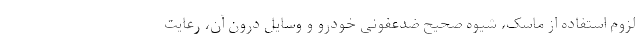
لزوم استفاده از ماسک، شیوه صحیح ضدعفونی خودرو و وسایل درون آن، رعایت